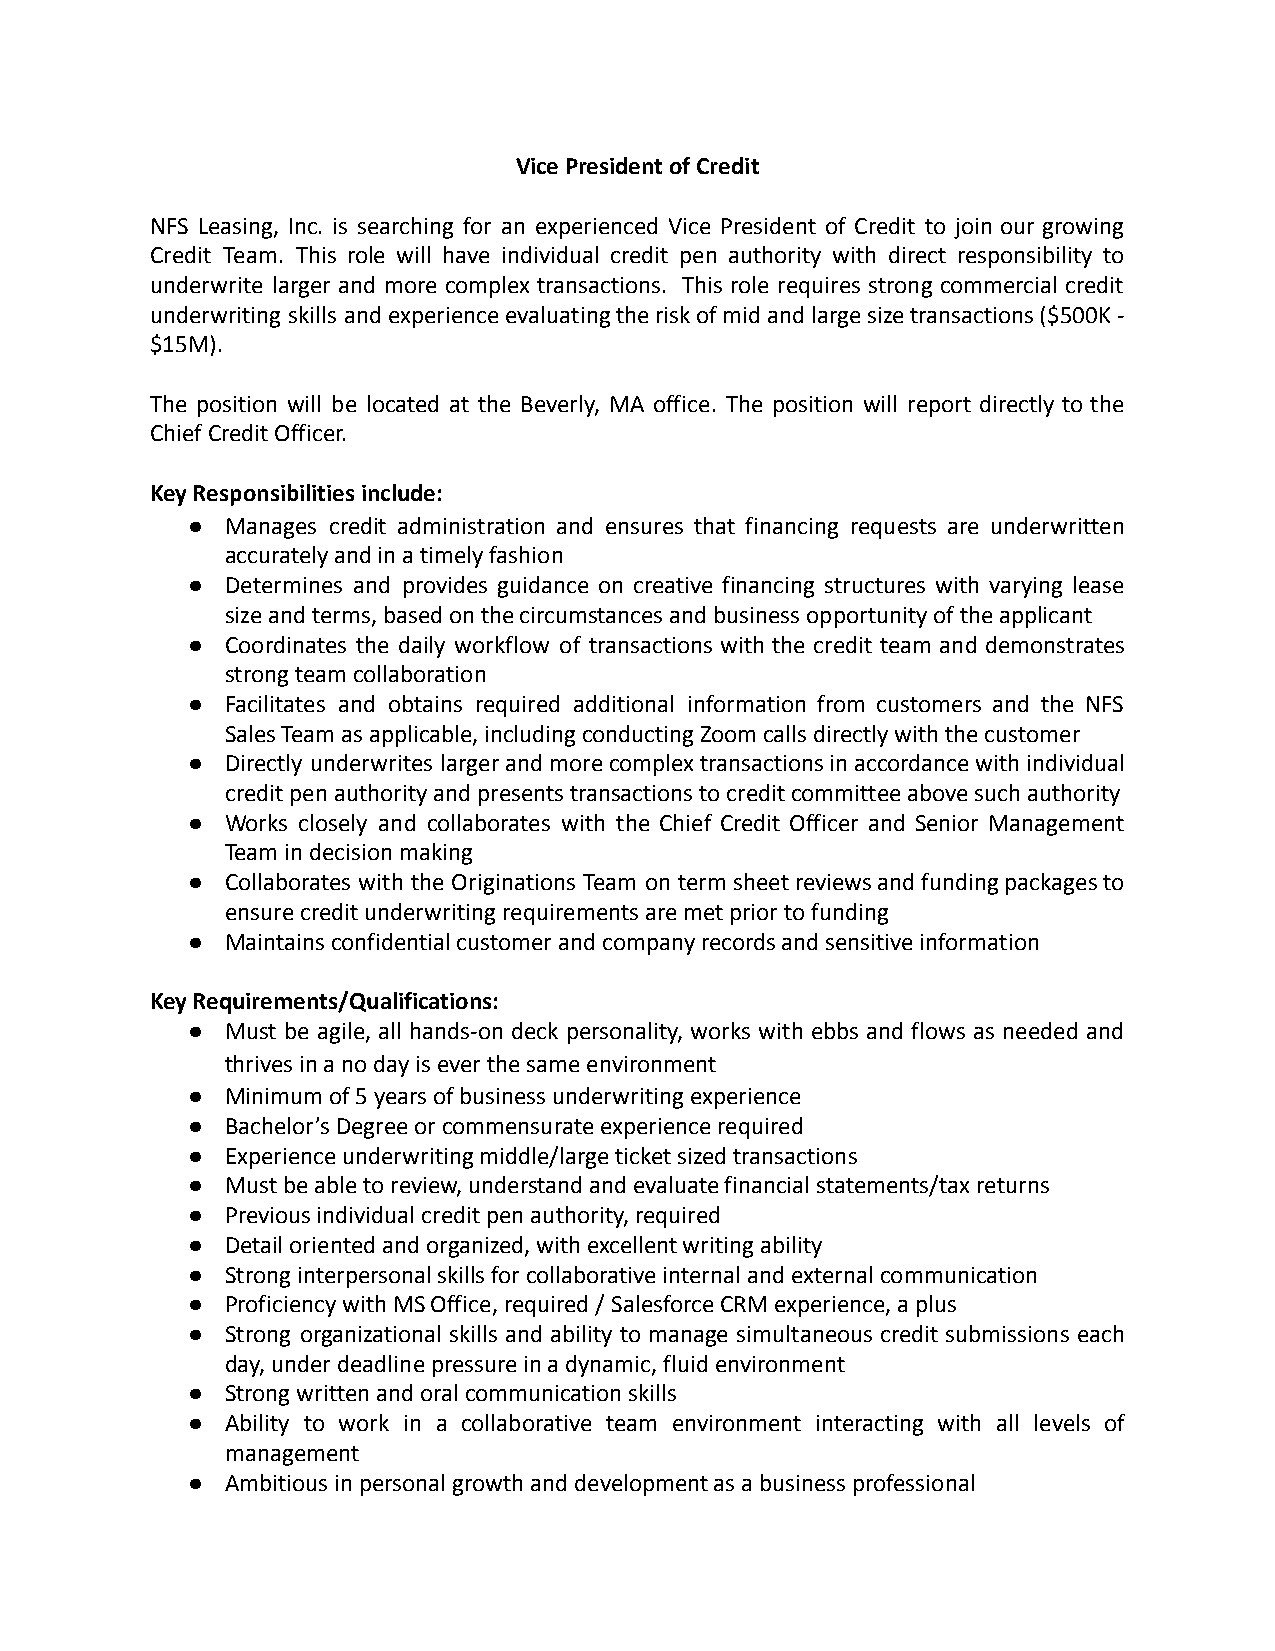
Vice President of Credit
 NFS Leasing, Inc. is searching for an experienced Vice President of Credit to join our growing
 Credit Team. This role will have individual credit pen authority with direct responsibility to
 underwrite larger and more complex transactions. This role requires strong commercial credit
 underwriting skills andexperienceevaluatingtheriskofmidandlargesizetransactions($500K-
 $15M).
 The position will be located at the Beverly, MA office. The position will report directly to the
 Chief Credit Officer.
 Key Responsibilities include:
 ●  Manages credit administration and ensures that financing requests are underwritten
 accurately and in a timely fashion
 ●  Determines and provides guidance on creative financing structures with varying lease
 size and terms, based on the circumstances and business opportunity of the applicant
 ●  Coordinates the daily workflow of transactions with the credit team and demonstrates
 strong team collaboration
 ●  Facilitates and obtains required additional information from customers and the NFS
 Sales Team as applicable, including conducting Zoom calls directly with the customer
 ●  Directly underwrites largerandmorecomplextransactionsinaccordancewithindividual
 credit pen authority and presents transactions to credit committee above such authority
 ●  Works closely and collaborates with the Chief Credit Officer and Senior Management
 Team in decision making
 ●  Collaborates with the Originations Team on termsheetreviewsandfundingpackagesto
 ensure credit underwriting requirements are met prior to funding
 ●  Maintains confidential customer and company records and sensitive information
 Key Requirements/Qualifications:
 ●  Must be agile, all hands-on deck personality, works with ebbs and flows as needed and
 thrives in a no day is ever the same environment
 ●  Minimum of 5 years of business underwriting experience
 ●  Bachelor’s Degree or commensurate experience required
 ●  Experience underwriting middle/large ticket sized transactions
 ●  Must be able to review, understand and evaluate financial statements/tax returns
 ●  Previous individual credit pen authority, required
 ●  Detail oriented and organized, with excellent writing ability
 ●  Strong interpersonal skills for collaborative internal and external communication
 ●  Proficiency with MS Office, required / Salesforce CRM experience, a plus
 ●  Strong organizational skills and ability to manage simultaneous credit submissions each
 day, under deadline pressure in a dynamic, fluid environment
 ●  Strong written and oral communication skills
 ●  Ability to work in a collaborative team environment interacting with all levels of
 management
 ●  Ambitious in personal growth and development as a business professional